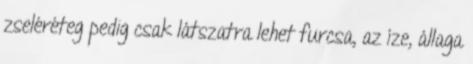
zseléréteg pedig csak látszatra lehet furcsa, az íze, állaga